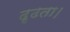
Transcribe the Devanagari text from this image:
दृढता।